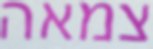
צמאה